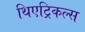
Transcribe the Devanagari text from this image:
थिएट्रिकल्स